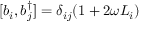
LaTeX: [ b _ { i } , b _ { j } ^ { \dagger } ] = \delta _ { i j } ( 1 + 2 \omega L _ { i } )